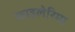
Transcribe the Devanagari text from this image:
फाइलेरिमा